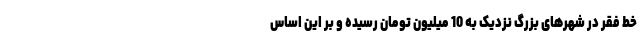
خط فقر در شهرهای بزرگ نزدیک به 10 میلیون تومان رسیده و بر این اساس